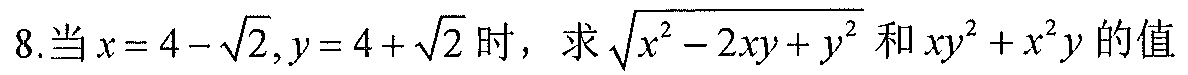
8. 当\(x = 4-\sqrt{2},y = 4+\sqrt{2}\)时，求\(\sqrt{x^{2}-2xy + y^{2}}\)和\(xy^{2}+x^{2}y\)的值.